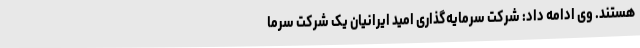
هستند. وی ادامه داد: شرکت سرمایه‌گذاری امید ایرانیان یک شرکت سرما